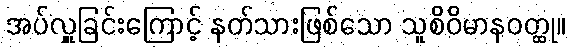
အပ်လှူခြင်းကြောင့် နတ်သားဖြစ်သော သူစိဝိမာနဝတ္ထု။